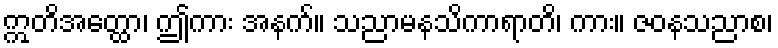
ဣတိအတ္ထော၊ ဤကား အနက်။ သညာမနသိကာရာတိ၊ ကား။ ဇဝနသညာစ၊